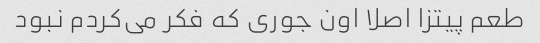
طعم پیتزا اصلا اون جوری که فکر می‌کردم نبود